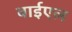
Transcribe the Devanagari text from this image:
वाईएल